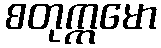
စတုက္ကမော